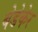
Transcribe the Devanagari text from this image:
बेडेकेर